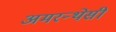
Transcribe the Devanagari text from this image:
अमरन्थेसी